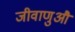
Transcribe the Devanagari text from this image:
जीवाणुऔं